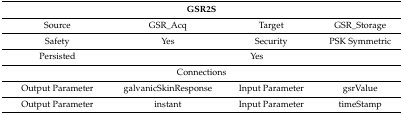
<table><thead><tr><td colspan="4"><b>GSR2S</b></td></tr></thead><tbody><tr><td>Source</td><td>GSR_Acq</td><td>Target</td><td>GSR_Storage</td></tr><tr><td>Safety</td><td>Yes</td><td>Security</td><td>PSK Symmetric</td></tr><tr><td>Persisted</td><td colspan="3">Yes</td></tr><tr><td colspan="4">Connections</td></tr><tr><td>Output Parameter</td><td>galvanicSkinResponse</td><td>Input Parameter</td><td>gsrValue</td></tr><tr><td>Output Parameter</td><td>instant</td><td>Input Parameter</td><td>timeStamp</td></tr></tbody></table>